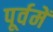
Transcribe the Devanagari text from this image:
पूर्वमें